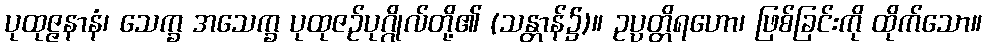
ပုထုဇ္ဇနာနံ၊ သေက္ခ အသေက္ခ ပုထုဇဉ်ပုဂ္ဂိုလ်တို့၏ (သန္တာန်၌)။ ဥပ္ပတ္တိရဟော၊ ဖြစ်ခြင်းကို ထိုက်သော။